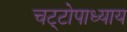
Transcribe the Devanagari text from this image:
चट्‌टोपाध्याय